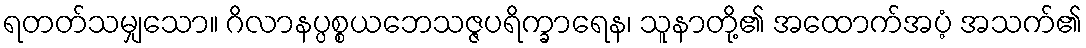
ရတတ်သမျှသော။ ဂိလာနပ္ပစ္စယဘေသဇ္ဇပရိက္ခာရေန၊ သူနာတို့၏ အထောက်အပံ့ အသက်၏